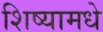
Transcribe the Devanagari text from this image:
शिष्यामधे